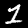
Digit: 1